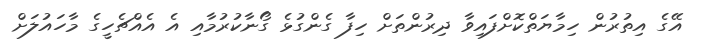
އޭގެ އިތުރުން ހިމާޔަތްކޮށްފައިވާ ދިރުންތަށް ހިފާ ގެންގުޅެ ގޯނާކުރުމާއި އެ އެއްޗެހީގެ މާހައުލަށް